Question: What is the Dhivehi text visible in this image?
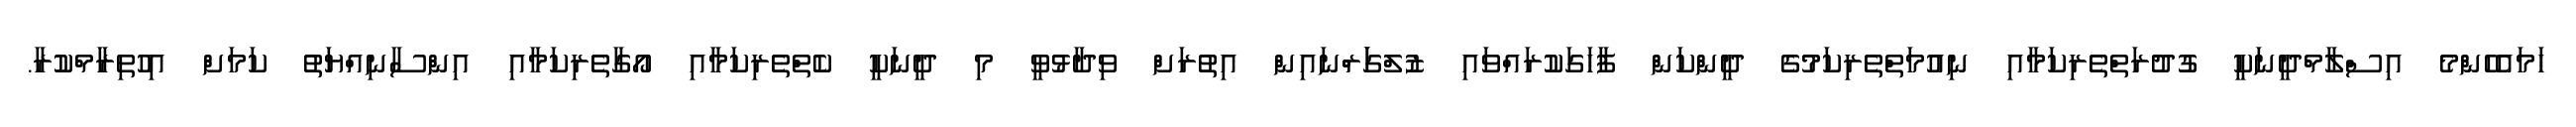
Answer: ހަމައެހެންމެ އިސްލާމްދީނަކީ ގުދުރަތްތެރިކަމާއި ނިއުމަތްތެރިކަމުގެ ދީންކަން ފާހަގަކުރައްވައި ޒުލްގަަރްްނައިން އިތުރަށް ވިދާޅުވީ މި ދީނަކީ ކެތްތެރިކަމާއި އޯގާތެރިކަމާއި އިންސާނިއްޔަތު ކަމަށް އިހުތިރާމްކުރާ.